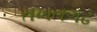
તખતગઢ